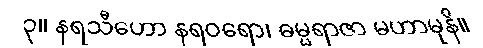
၃။ နရသီဟော နရဝရော၊ ဓမ္မရာဇာ မဟာမုနိ။